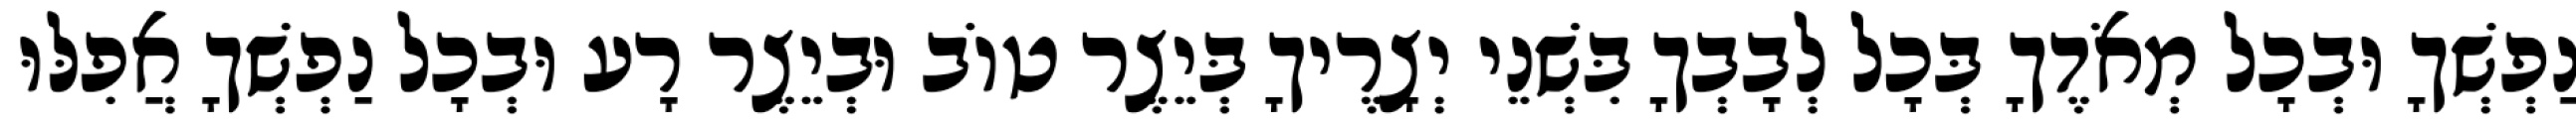
נַפְשְׁךָ וּבְכָל מְאֹדֶךָ בְּכָל לְבָבְךָ בִּשְׁנֵי יְצָרֶיךָ בְּיֵצֶר טוֹב וּבְיֵצֶר רָע וּבְכָל נַפְשְׁךָ אֲפִלּוּ